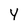
Character: Y